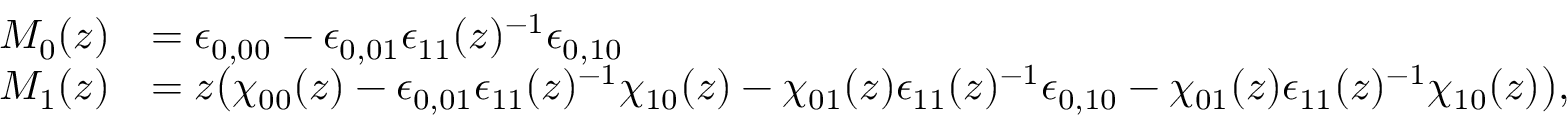
\begin{array} { r l } { M _ { 0 } ( z ) } & { = \epsilon _ { 0 , 0 0 } - \epsilon _ { 0 , 0 1 } \epsilon _ { 1 1 } ( z ) ^ { - 1 } \epsilon _ { 0 , 1 0 } } \\ { M _ { 1 } ( z ) } & { = z \bigl ( \chi _ { 0 0 } ( z ) - \epsilon _ { 0 , 0 1 } \epsilon _ { 1 1 } ( z ) ^ { - 1 } \chi _ { 1 0 } ( z ) - \chi _ { 0 1 } ( z ) \epsilon _ { 1 1 } ( z ) ^ { - 1 } \epsilon _ { 0 , 1 0 } - \chi _ { 0 1 } ( z ) \epsilon _ { 1 1 } ( z ) ^ { - 1 } \chi _ { 1 0 } ( z ) \bigr ) , } \end{array}